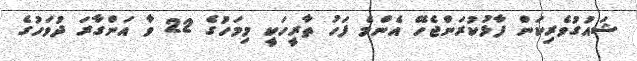
ޝައުގުވެރިކަން ފާޅުކުރަންޖެހޭ އެންމެ ފަހު ތާރީހަކީ މިމަހުގެ 22 ވާ އަންގާރަ ދުވަހުގެ